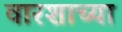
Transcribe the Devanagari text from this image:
वारशाच्‍या